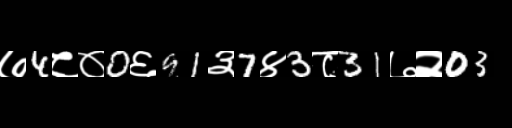
Text: ७4८०0६91३7४3८31७२03